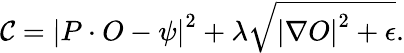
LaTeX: \mathcal{C}=\left|P\cdot O-\psi\right|^{2}+\lambda\sqrt{\left|\nabla O\right|^{2}+\epsilon}.